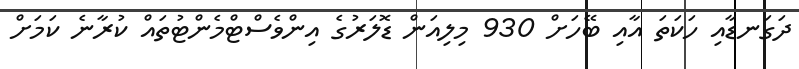
ދަގަނޑާއި ހަކަތަ އާއި ބޭހަށް 930 މިލިއަން ޑޮލަރުގެ އިންވެސްޓްމެންޓުތައް ކުރާނެ ކަމަށް